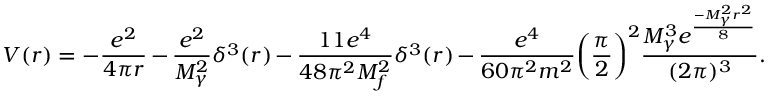
V ( r ) = - \frac { e ^ { 2 } } { 4 \pi r } - \frac { e ^ { 2 } } { M _ { \gamma } ^ { 2 } } \delta ^ { 3 } ( r ) - \frac { 1 1 e ^ { 4 } } { 4 8 \pi ^ { 2 } M _ { f } ^ { 2 } } \delta ^ { 3 } ( r ) - \frac { e ^ { 4 } } { 6 0 \pi ^ { 2 } m ^ { 2 } } \biggl ( \frac { \pi } { 2 } \biggr ) ^ { 2 } \frac { M _ { \gamma } ^ { 3 } e ^ { \frac { - M _ { \gamma } ^ { 2 } r ^ { 2 } } { 8 } } } { ( 2 \pi ) ^ { 3 } } .